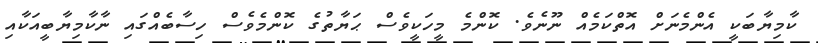
ކާމިޔާބަކީ އެންމެނަށް އޮތްކަމެއް ނޫނެވެ. ކޮންމެ މީހަކީވެސް ޙަޔާތުގެ ކޮންމެވެސް ހިސާބެއްގައި ނާކާމިޔާބީއަކާއި